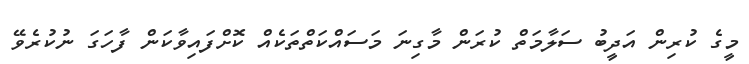
މީގެ ކުރިން އަދީބު ސަލާމަތް ކުރަން މާގިނަ މަސައްކަތްތަކެއް ކޮށްފައިވާކަން ފާހަގަ ނުކުރެވޭ